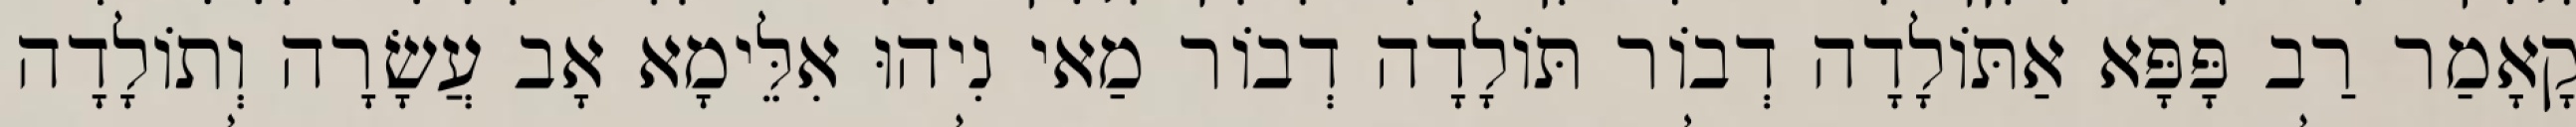
קָאָמַר רַב פָּפָּא אַתּוֹלָדָה דְבוֹר תּוֹלָדָה דְבוֹר מַאי נִיהוּ אִלֵּימָא אָב עֲשָׂרָה וְתוֹלָדָה